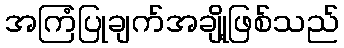
အကြံပြုချက်အချို့ဖြစ်သည်